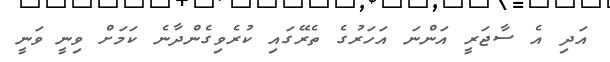
އަދި އެ ސާޖަރީ އަންނަ އަހަރުގެ ތެރޭގައި ކުރެވިގެންދާނެ ކަމަށް ވިނީ ވަނީ